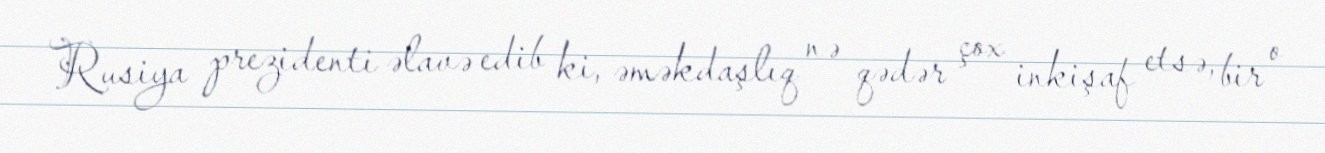
Rusiya prezidenti əlavə edib ki, əməkdaşlıq nə qədər çox inkişaf etsə, bir o